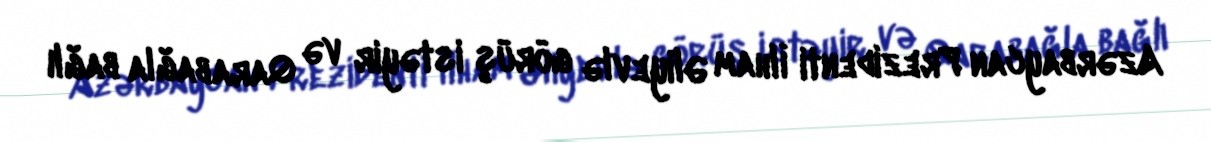
Azərbaycan Prezidenti İlham Əliyevlə görüş istəyir və Qarabağla bağlı